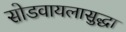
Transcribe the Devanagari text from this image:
सोडवायलासुद्धा